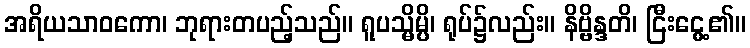
အရိယသာဝကော၊ ဘုရားတပည့်သည်။ ရူပသ္မိမ္ပိ၊ ရုပ်၌လည်း။ နိဗ္ဗိန္ဒတိ၊ ငြီးငွေ့၏။